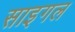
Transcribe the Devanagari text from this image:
साइगल